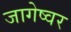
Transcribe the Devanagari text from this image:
जागेष्वर